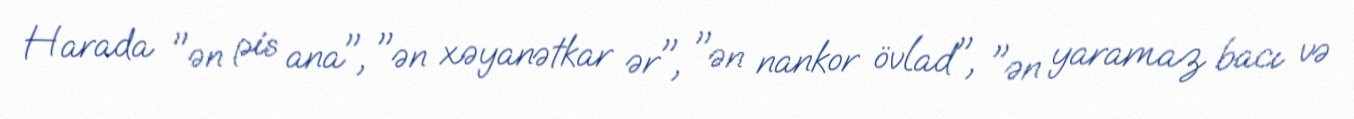
Harada "ən pis ana", "ən xəyanətkar ər", "ən nankor övlad", "ən yaramaz bacı və